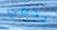
نحمي